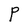
Character: P